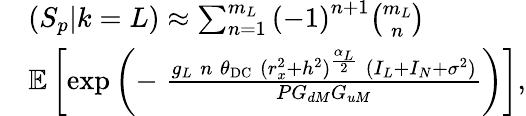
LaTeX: \begin{array}{rl}&{(S_{p}|k=L)\approx\sum_{n=1}^{m_{L}}\left(-1\right)^{n+1}{\binom{m_{L}}{n}}}\\ &{\mathbb{E}\left[\exp\left(-\; \frac{g_{L}\; n\; \theta_{\mathrm{DC}}\; (r_{x}^{2}+h^{2})^{\frac{\alpha_{L}}{2}}\; (I_{L}+I_{N}+\sigma^{2})}{PG_{dM}G_{uM}}\right)\right],}\end{array}